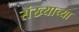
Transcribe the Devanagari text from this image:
संख्याच्या